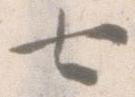
七